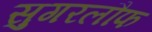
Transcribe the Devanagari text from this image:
सुगरलौफ